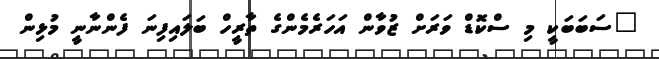
"ސަބަބަކީ މި ސްކޮޑް ވަރަށް ޒުވާން އަހަރެމެންގެ ތާރީހް ބަލައިފިނަ ފެންނާނީ މުޅިން